Indian journal of veterinary science and animal husbandry - Volumes 26-27, 1956-1957
Year: 1956
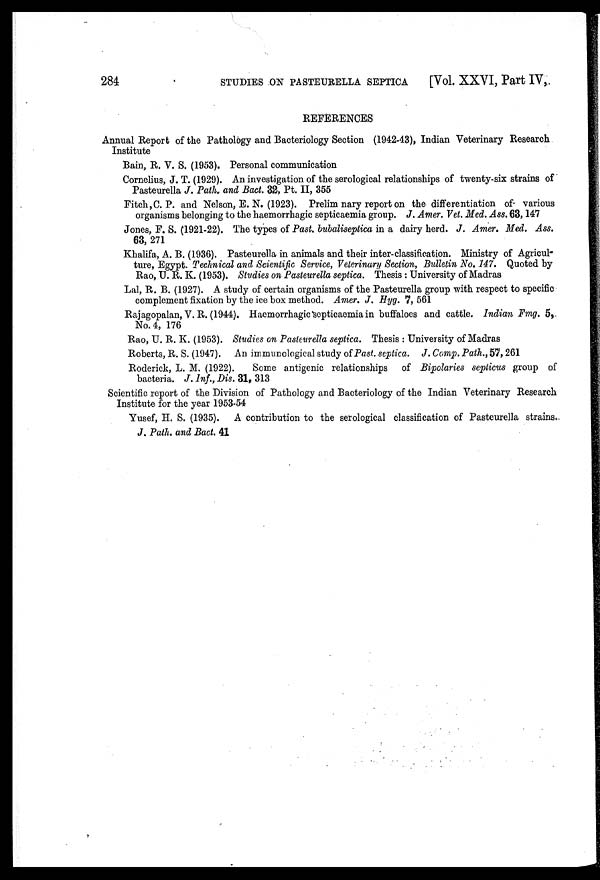
284 STUDIES ON PASTEURELLA SEPTICA [Vol. XXVI, Part IV,
REFERENCES
Annual Report of the Pathology and Bacteriology Section (1942-43), Indian Veterinary Research
Institute
Bain, R. V. S. (1953). Personal communication
Cornelius, J. T. (1929). An investigation of the serological relationships of twenty-six strains of
Pasteurella J. Path. and Bact. 32, Pt. II, 355
Fitch, C. P. and Nelson, E. N. (1923). Prelim nary report on the differentiation of various
organisms belonging to the haemorrhagic septicaemia group. J. Amer. Vet. Med. Ass. 63, 147
Jones, F. S. (1921-22). The types of Past. bubaliseptica in a dairy herd. J. Amer. Med. Ass.
63, 271
Khalifa, A. B. (1936). Pasteurella in animals and their inter-classification. Ministry of Agricul-
ture, Egypt. Technical and Scientific Service, Veterinary Section, Bulletin No. 147. Quoted by
Rao, U. R. K. (1953). Studies on Pasteurella septica. Thesis: University of Madras
Lal, R. B. (1927). A study of certain organisms of the Pasteurella group with respect to specific
complement fixation by the ice box method. Amer. J. Hyg. 7, 561
Rajagopalan, V. R. (1944). Haemorrhagic septicaemia in buffaloes and cattle. Indian Fmg. 5,
No. 4, 176
Rao, U. R. K. (1953). Studies on Pasteurella septica. Thesis: University of Madras
Roberts, R. S. (1947). An immunological study of Past. septica. J. Comp. Path., 57, 261
Roderick, L. M. (1922).
Some antigenic relationships
of Bipolaries septicus group of
bacteria. J. Inf., Dis. 31, 313
Scientific report of the Division of Pathology and Bacteriology of the Indian Veterinary Research
Institute for the year 1953-54
Yusef, H. S. (1935). A contribution to the serological classification of Pasteurella strains.
J. Path. and Bact. 41